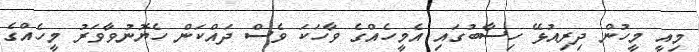
މިއީ މީހުން ދިރިއުޅޭ ހިސާބުގައި އެމީހެއްގެ ވާހަކަ ވެސް ދައްކަން ހެޔޮނުވާވަރު މީހެއްގެ